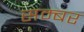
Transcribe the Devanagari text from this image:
सम्बर